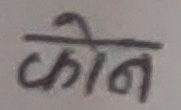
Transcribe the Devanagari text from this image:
कोन